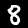
Label: 8